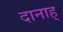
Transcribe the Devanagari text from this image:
दानाह्